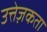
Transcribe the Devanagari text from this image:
उत्तेज़कता